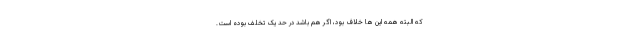
که البته همه این ها خلاف بود، اگر هم باشد در حد یک تخلف بوده است.